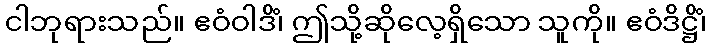
ငါဘုရားသည်။ ဧဝံဝါဒိံ၊ ဤသို့ဆိုလေ့ရှိသော သူကို။ ဧဝံဒိဋ္ဌိံ၊